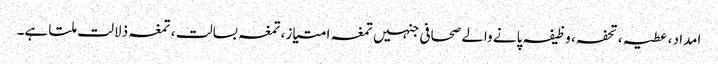
امداد ، عطیہ ، تحفہ، وظیفہ پانے والے صحافی جنہیں تمغہ امتیاز، تمغہ بسالت ، تمغہ ذلالت ملتا ہے۔